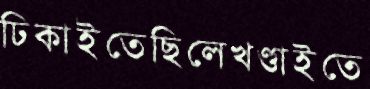
ঢিকাইতেছিলেখণ্ডাইতে